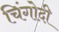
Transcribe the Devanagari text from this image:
चिंगोदी